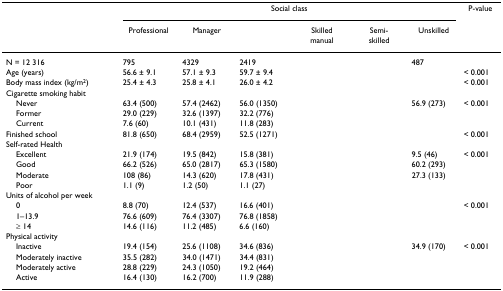
<table><thead><tr><td>[EMPTY_CELL]</td><td colspan="6"><b>Social class</b></td><td><b>P-value</b></td></tr><tr><td>[EMPTY_CELL]</td><td><b>Professional</b></td><td><b>Manager</b></td><td>[EMPTY_CELL]</td><td><b>Skilled manual</b></td><td><b>Semi-skilled</b></td><td><b>Unskilled</b></td><td>[EMPTY_CELL]</td></tr></thead><tbody><tr><td>N = 12 316</td><td>795</td><td>4329</td><td>2419</td><td>[EMPTY_CELL]</td><td>[EMPTY_CELL]</td><td>487</td><td>[EMPTY_CELL]</td></tr><tr><td>Age (years)</td><td>56.6 ± 9.1</td><td>57.1 ± 9.3</td><td>59.7 ± 9.4</td><td>[EMPTY_CELL]</td><td>[EMPTY_CELL]</td><td>[EMPTY_CELL]</td><td>&lt; 0.001</td></tr><tr><td>Body mass index (kg/m<sup>2</sup>)</td><td>25.4 ± 4.3</td><td>25.8 ± 4.1</td><td>26.0 ± 4.2</td><td>[EMPTY_CELL]</td><td>[EMPTY_CELL]</td><td>[EMPTY_CELL]</td><td>&lt; 0.001</td></tr><tr><td>Cigarette smoking habit</td><td>[EMPTY_CELL]</td><td>[EMPTY_CELL]</td><td>[EMPTY_CELL]</td><td>[EMPTY_CELL]</td><td>[EMPTY_CELL]</td><td>[EMPTY_CELL]</td><td>[EMPTY_CELL]</td></tr><tr><td> Never</td><td>63.4 (500)</td><td>57.4 (2462)</td><td>56.0 (1350)</td><td>[EMPTY_CELL]</td><td>[EMPTY_CELL]</td><td>56.9 (273)</td><td>&lt; 0.001</td></tr><tr><td> Former</td><td>29.0 (229)</td><td>32.6 (1397)</td><td>32.2 (776)</td><td>[EMPTY_CELL]</td><td>[EMPTY_CELL]</td><td>[EMPTY_CELL]</td><td>[EMPTY_CELL]</td></tr><tr><td> Current</td><td>7.6 (60)</td><td>10.1 (431)</td><td>11.8 (283)</td><td>[EMPTY_CELL]</td><td>[EMPTY_CELL]</td><td>[EMPTY_CELL]</td><td>[EMPTY_CELL]</td></tr><tr><td>Finished school</td><td>81.8 (650)</td><td>68.4 (2959)</td><td>52.5 (1271)</td><td>[EMPTY_CELL]</td><td>[EMPTY_CELL]</td><td>[EMPTY_CELL]</td><td>&lt; 0.001</td></tr><tr><td>Self-rated Health</td><td>[EMPTY_CELL]</td><td>[EMPTY_CELL]</td><td>[EMPTY_CELL]</td><td>[EMPTY_CELL]</td><td>[EMPTY_CELL]</td><td>[EMPTY_CELL]</td><td>[EMPTY_CELL]</td></tr><tr><td> Excellent</td><td>21.9 (174)</td><td>19.5 (842)</td><td>15.8 (381)</td><td>[EMPTY_CELL]</td><td>[EMPTY_CELL]</td><td>9.5 (46)</td><td>&lt; 0.001</td></tr><tr><td> Good</td><td>66.2 (526)</td><td>65.0 (2817)</td><td>65.3 (1580)</td><td>[EMPTY_CELL]</td><td>[EMPTY_CELL]</td><td>60.2 (293)</td><td>[EMPTY_CELL]</td></tr><tr><td> Moderate</td><td>108 (86)</td><td>14.3 (620)</td><td>17.8 (431)</td><td>[EMPTY_CELL]</td><td>[EMPTY_CELL]</td><td>27.3 (133)</td><td>[EMPTY_CELL]</td></tr><tr><td> Poor</td><td>1.1 (9)</td><td>1.2 (50)</td><td>1.1 (27)</td><td>[EMPTY_CELL]</td><td>[EMPTY_CELL]</td><td>[EMPTY_CELL]</td><td>[EMPTY_CELL]</td></tr><tr><td>Units of alcohol per week</td><td>[EMPTY_CELL]</td><td>[EMPTY_CELL]</td><td>[EMPTY_CELL]</td><td>[EMPTY_CELL]</td><td>[EMPTY_CELL]</td><td>[EMPTY_CELL]</td><td>[EMPTY_CELL]</td></tr><tr><td> 0</td><td>8.8 (70)</td><td>12.4 (537)</td><td>16.6 (401)</td><td>[EMPTY_CELL]</td><td>[EMPTY_CELL]</td><td>[EMPTY_CELL]</td><td>&lt; 0.001</td></tr><tr><td> 1–13.9</td><td>76.6 (609)</td><td>76.4 (3307)</td><td>76.8 (1858)</td><td>[EMPTY_CELL]</td><td>[EMPTY_CELL]</td><td>[EMPTY_CELL]</td><td>[EMPTY_CELL]</td></tr><tr><td> ≥ 14</td><td>14.6 (116)</td><td>11.2 (485)</td><td>6.6 (160)</td><td>[EMPTY_CELL]</td><td>[EMPTY_CELL]</td><td>[EMPTY_CELL]</td><td>[EMPTY_CELL]</td></tr><tr><td>Physical activity</td><td>[EMPTY_CELL]</td><td>[EMPTY_CELL]</td><td>[EMPTY_CELL]</td><td>[EMPTY_CELL]</td><td>[EMPTY_CELL]</td><td>[EMPTY_CELL]</td><td>[EMPTY_CELL]</td></tr><tr><td> Inactive</td><td>19.4 (154)</td><td>25.6 (1108)</td><td>34.6 (836)</td><td>[EMPTY_CELL]</td><td>[EMPTY_CELL]</td><td>34.9 (170)</td><td>&lt; 0.001</td></tr><tr><td> Moderately inactive</td><td>35.5 (282)</td><td>34.0 (1471)</td><td>34.4 (831)</td><td>[EMPTY_CELL]</td><td>[EMPTY_CELL]</td><td>[EMPTY_CELL]</td><td>[EMPTY_CELL]</td></tr><tr><td> Moderately active</td><td>28.8 (229)</td><td>24.3 (1050)</td><td>19.2 (464)</td><td>[EMPTY_CELL]</td><td>[EMPTY_CELL]</td><td>[EMPTY_CELL]</td><td>[EMPTY_CELL]</td></tr><tr><td> Active</td><td>16.4 (130)</td><td>16.2 (700)</td><td>11.9 (288)</td><td>[EMPTY_CELL]</td><td>[EMPTY_CELL]</td><td>[EMPTY_CELL]</td><td>[EMPTY_CELL]</td></tr></tbody></table>